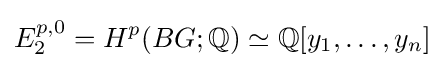
E_{2}^{p,0}=H^{p}(BG;\mathbb {Q} )\simeq \mathbb {Q} [y_{1},\dots ,y_{n}]